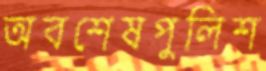
অবশেষপুলিশ